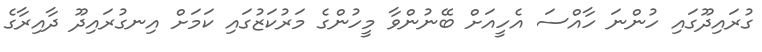
ގުރައިދޫގައި ހުންނަ ހާއްސަ އެހީއަށް ބޭނުންވާ މީހުންގެ މަރުކަޒުގައި ކަމަށް އިނގުރައިދޫ ދާއިރާގެ